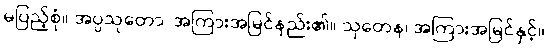
မပြည့်စုံ။ အပ္ပသုတော၊ အကြားအမြင်နည်း၏။ သုတေန၊ အကြားအမြင်နှင့်။